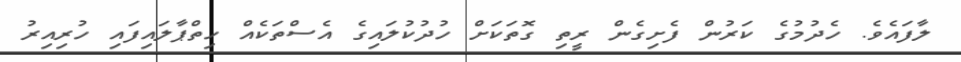
ލާފައެވެ. ހެދުމުގެ ކަރުން ފެށިގެން ރީތި ގޮތަކަށް ހުދުކުލައިގެ އެސްތަކެއް ހިތްޕާލައިފައި ހުރިއިރު